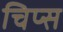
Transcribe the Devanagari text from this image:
चिप्‍स